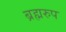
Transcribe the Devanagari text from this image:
ब्रह्मरुप